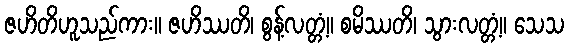
ဇဟိတိဟူသည်ကား။ ဇဟိဿတိ၊ စွန့်လတ္တံ့။ စမိဿတိ၊ သွားလတ္တံ့။ သေသ